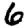
Digit: 6